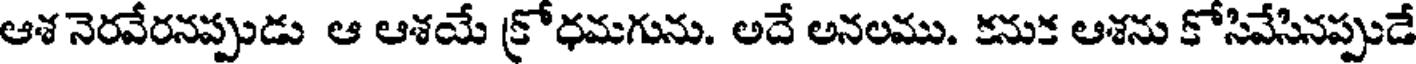
ఆశ నెరవేరనప్పుడు ఆ ఆశయే క్రోధమగును. అదే అనలము. కనుక ఆశను కోసివేసినప్పుడే